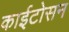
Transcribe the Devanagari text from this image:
काईटोसन